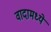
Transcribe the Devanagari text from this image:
वादामध्ये